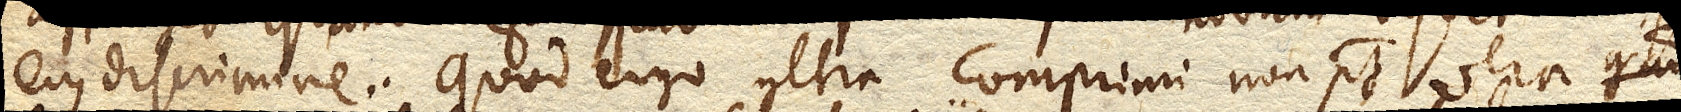
ejus discrimine. Quod ergo ultra comprimi non potest vera